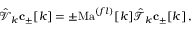
\hat { \mathcal { V } } _ { k } \mathbf { c } _ { \pm } [ k ] = \pm \mathrm { M a } ^ { ( f l ) } [ k ] \hat { \mathcal { T } } _ { k } \mathbf { c } _ { \pm } [ k ] \, , \